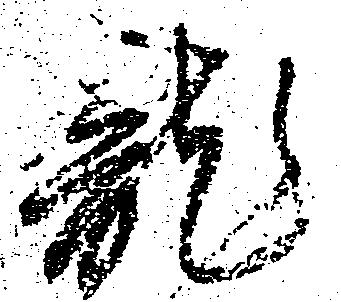
龍